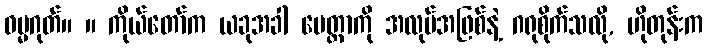
ဓမ္မဂုတ်။ ။ ကိုယ်တော်က ယခုအခါ မေတ္တာကို အလုပ်အဖြစ်နဲ့ ဂရုစိုက်သလို, ဟိုတုန်းက